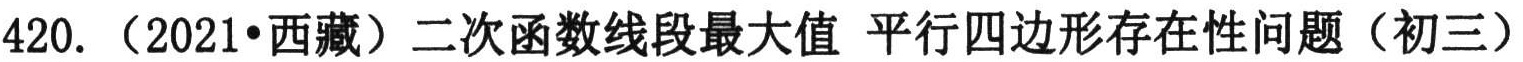
420. （2021•西藏）二次函数线段最大值 平行四边形存在性问题（初三）